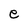
Character: e